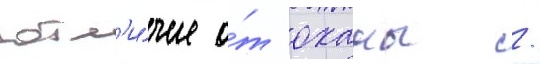
отл'и́чие о́т оханы /